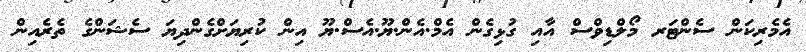
އެމެރިކަން ސެންޓަރ މޯލްޑިވްސް އާއި ގުޅިގެން އެމް.އެން.ޔޫ.އެސް.ޔޫ އިން ކުރިޔަށްގެންދިޔަ ސެޝަންގެ ތެރެއިން